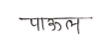
मजकूर: पाऊल